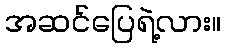
အဆင်ပြေရဲ့လား။